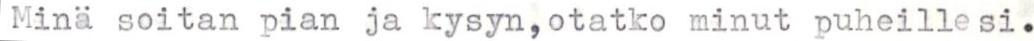
Minä soitan pian ja kysyn,otatko minut puheillesi.